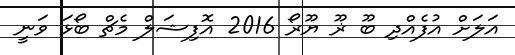
އަލަށް އުފެއްދި ބޫ ޜޫ ޔޫރޯ 2016 އޮފިޝަލް މެޗް ބޯޅަ ވަނީ